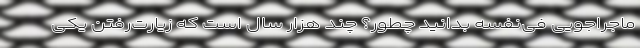
ماجراجویی فی‌نفسه بدانید چطور؟ چند هزار سال است که زیارت‌رفتن یکی